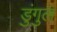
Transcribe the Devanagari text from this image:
डुंगुल